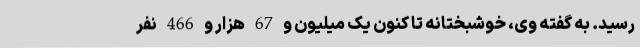
رسید. به گفته وی، خوشبختانه تا کنون یک میلیون و 67 هزار و 466 نفر